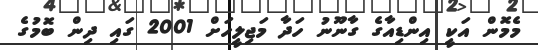
މެމޮން އަކީ އިންޑިއާގެ ގާނޫނު ހަދާ މަޖިލީހަށް 2001 ގައި ދިން ބޮމުގެ